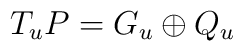
T_{u}P = G_{u} \oplus Q_{u}